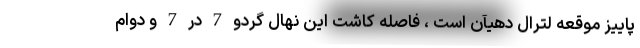
پاییز موقعه لترال دهیآن است ، فاصله کاشت این نهال گردو 7 در 7 و دوام